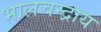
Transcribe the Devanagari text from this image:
भालचन्द्राय